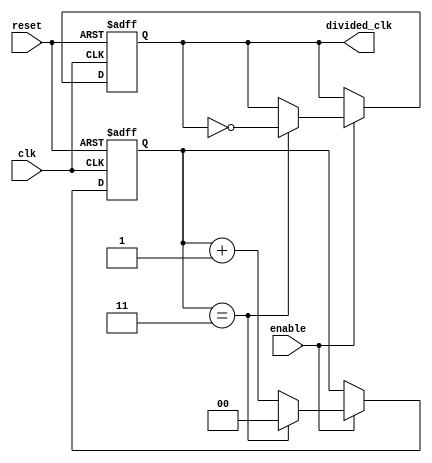
module frequency_divider_counter #(
    parameter DIV_FACTOR = 4  // Default division factor (can be changed)
)(
    input wire clk,            // Clock input
    input wire reset,          // Reset input
    input wire enable,         // Enable input
    output reg divided_clk      // Divided clock output
);

    // Counter to keep track of clock cycles
    reg [$clog2(DIV_FACTOR)-1:0] counter; // Counter size based on DIV_FACTOR

    always @(posedge clk or posedge reset) begin
        if (reset) begin
            counter <= 0;           // Reset counter
            divided_clk <= 0;       // Reset output clock
        end else if (enable) begin
            if (counter == DIV_FACTOR - 1) begin
                counter <= 0;           // Reset counter
                divided_clk <= ~divided_clk; // Toggle output clock
            end else begin
                counter <= counter + 1; // Increment counter
            end
        end
    end

endmodule